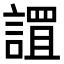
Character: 𮘬